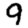
Digit: 9